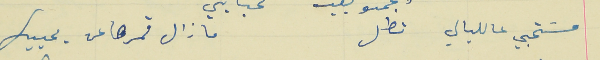
مسَتحيي عالليالي تطل                                         ما زال قمرها عن يحييك